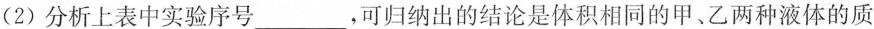
(2)分析上表中实验序号___，可归纳出的结论是体积相同的甲、乙两种液体的质